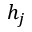
h _ { j }